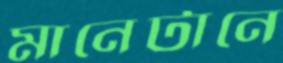
মানেটানে